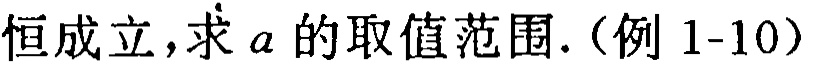
恒成立，求\(a\)的取值范围.（例 \(1 - 10\)）